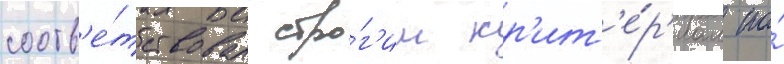
соотв'е́тствовал стро́г'им кр'ит'е́р'иам по́